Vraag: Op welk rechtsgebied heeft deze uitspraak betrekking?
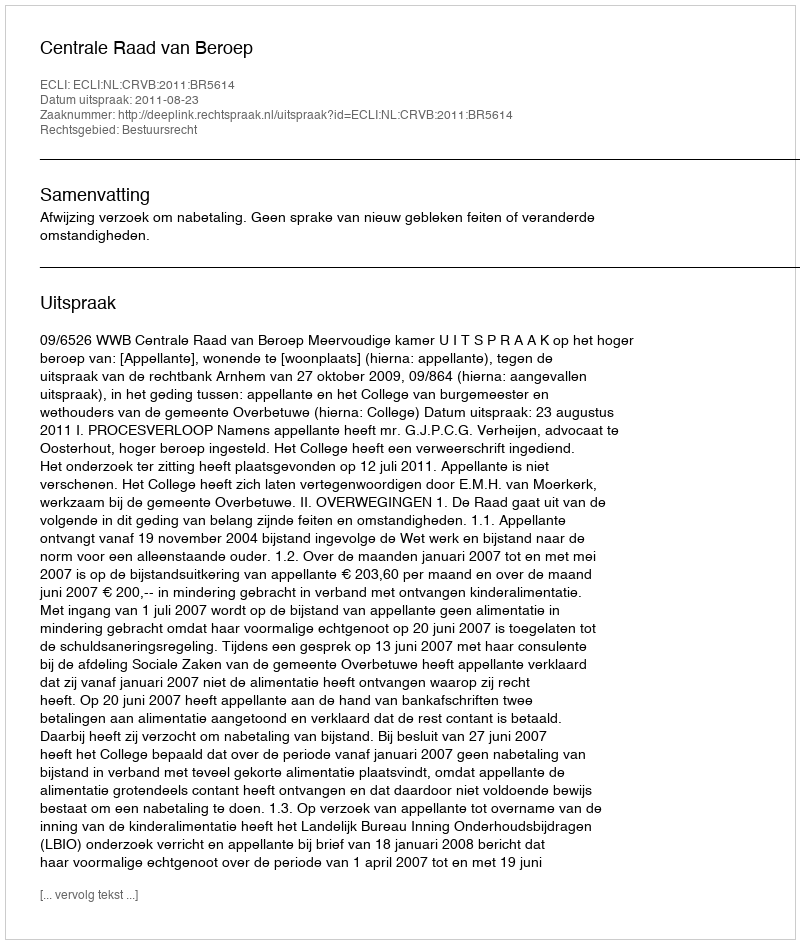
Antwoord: Bestuursrecht